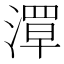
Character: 𬈪